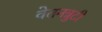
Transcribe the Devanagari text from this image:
वेतनत्रुटी